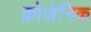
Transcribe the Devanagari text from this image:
क्रोजेनिक